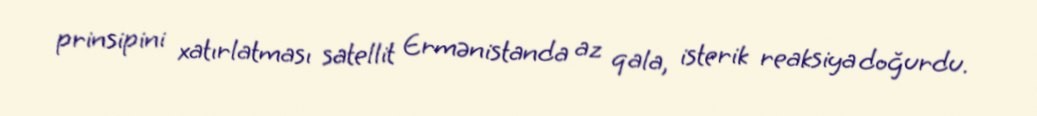
prinsipini xatırlatması satellit Ermənistanda az qala, isterik reaksiya doğurdu.